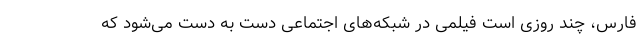
فارس، چند روزی است فیلمی در شبکه‌های اجتماعی دست به دست می‌شود که